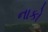
નાકો